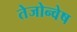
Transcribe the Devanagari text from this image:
तेजोन्वेष